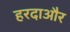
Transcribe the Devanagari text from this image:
हरदाऔर